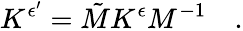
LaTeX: K^{\epsilon^{\prime}}=\tilde{M}K^{\epsilon}M^{-1}\quad.